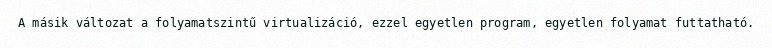
A másik változat a folyamatszintű virtualizáció, ezzel egyetlen program, egyetlen folyamat futtatható.